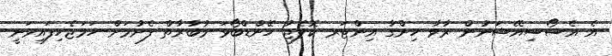
އެ އެސޯސިއޭޝަނުން ރާވާ ހިންގާ އިންޓަރ ކޮލެޖު ހޭންޑްބޯޅަ މުބާރާތް ފެށުމަށް ހަމަޖެހިފައިވަނީ